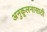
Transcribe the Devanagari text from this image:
अनुकूलनासाठी